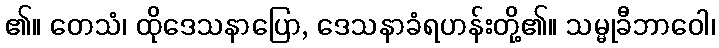
၏။ တေသံ၊ ထိုဒေသနာပြော, ဒေသနာခံရဟန်းတို့၏။ သမ္မုခီဘာဝေါ၊